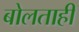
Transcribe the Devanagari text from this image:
बोलताही